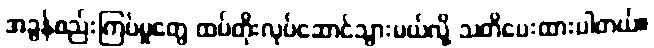
အခွန်စည်းကြပ်မှုတွေ ထပ်တိုးလုပ်ဆောင်သွားမယ်လို့ သတိပေးထားပါတယ်။